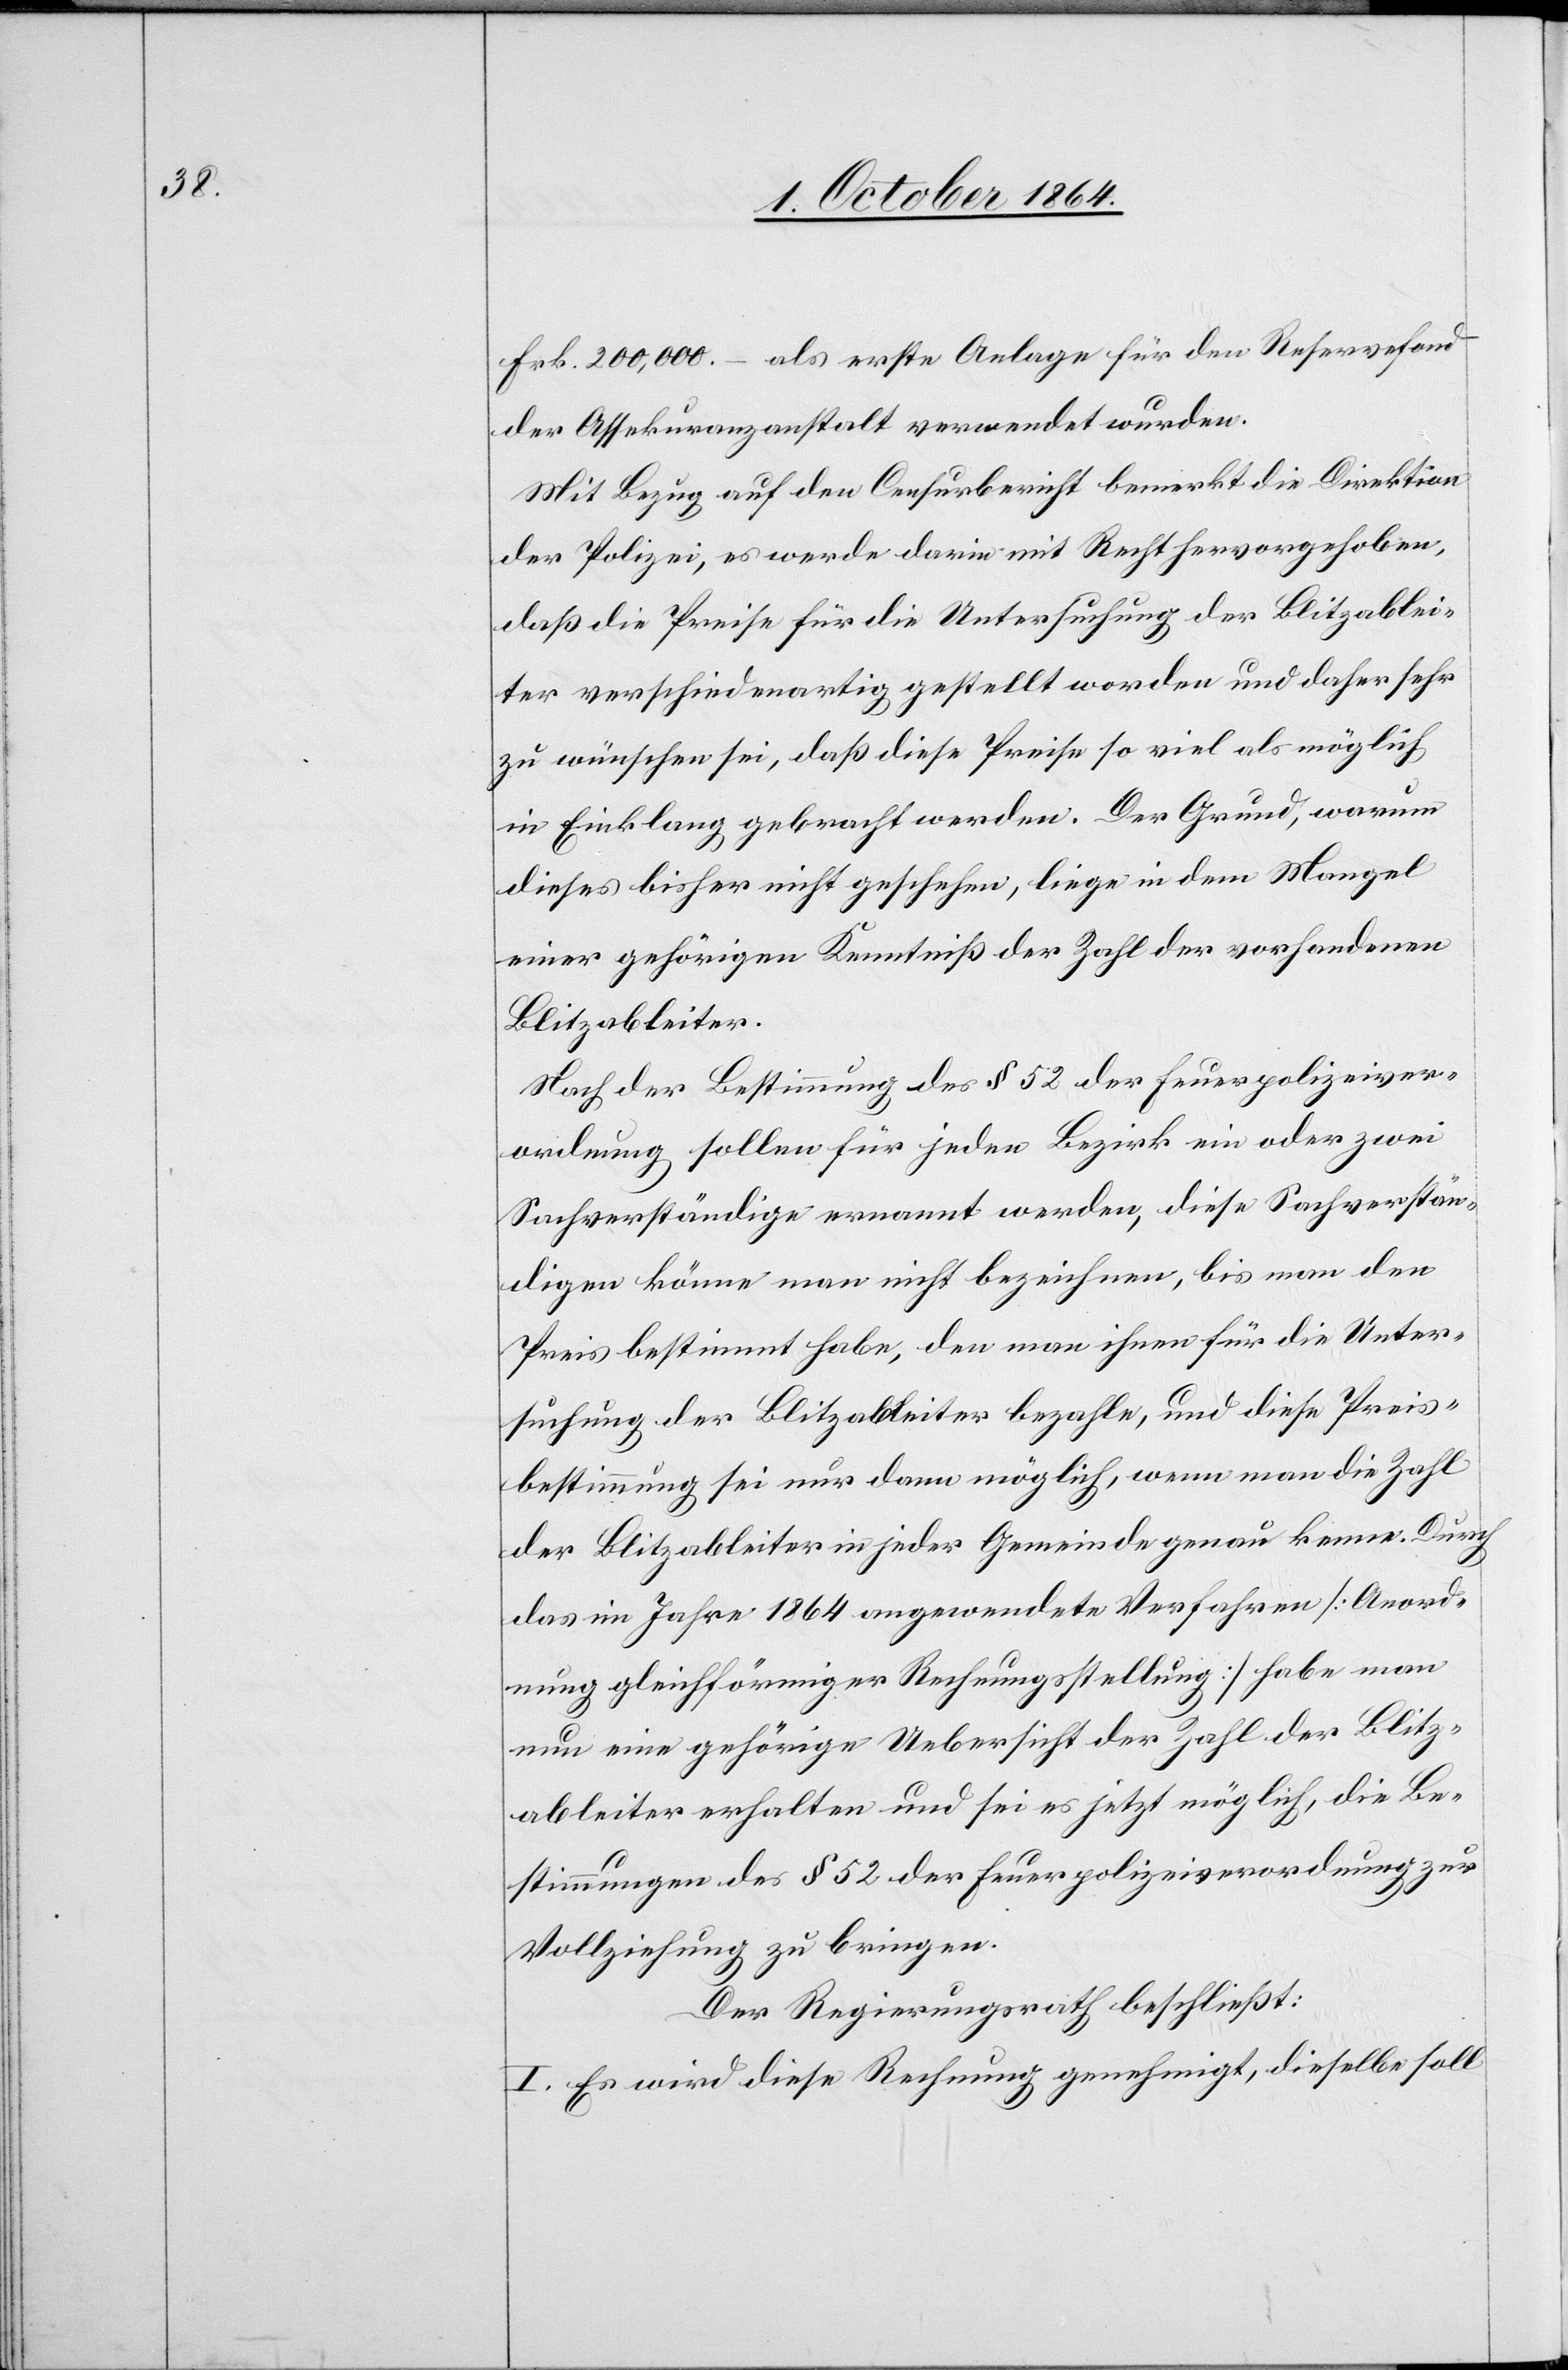
Frk. 200,000.– als erste Anlage für den Reservefond
der Assekuranzanstalt verwendet wurden.
Mit Bezug auf den Censurbericht bemerkt die Direktion
der Polizei, es werde darin mit Recht hervorgehoben,
daß die Preise für die Untersuchung der Blitzablei¬
ter verschiedenartig gestellt werden und daher sehr
zu wünschen sei, daß diese Preise so viel als möglich
in Einklang gebracht werden. Der Grund, warum
dieses bisher nicht geschehen, liege in dem Mangel
einer gehörigen Kenntniß der Zahl der vorhandenen
Blitzableiter.
Nach der Bestimmung des § 52 der Feuerpolizeiver¬
ordnung sollen für jeden Bezirk ein oder zwei
Sachverständige ernannt werden, diese Sachverstän¬
digen könne man nicht bezeichnen, bis man den
Preis bestimmt habe, den man ihnen für die Unter¬
suchung der Blitzableiter bezahle, und diese Preis¬
bestimmung sei nur dann möglich, wenn man die Zahl
der Blitzableiter in jeder Gemeinde genau kenne. Durch
das im Jahre 1864 angewendete Verfahren [Anord¬
nung gleichförmiger Rechnungsstellung] habe man
nun eine gehörige Uebersicht der Zahl der Blitz¬
ableiter erhalten und sei es jetzt möglich, die Be¬
stimmungen des § 52 der Feuerpolizeiverordnung zur
Vollziehung zu bringen.
Der Regierungsrath beschließt:
I. Es wird diese Rechnung genehmigt, dieselbe soll